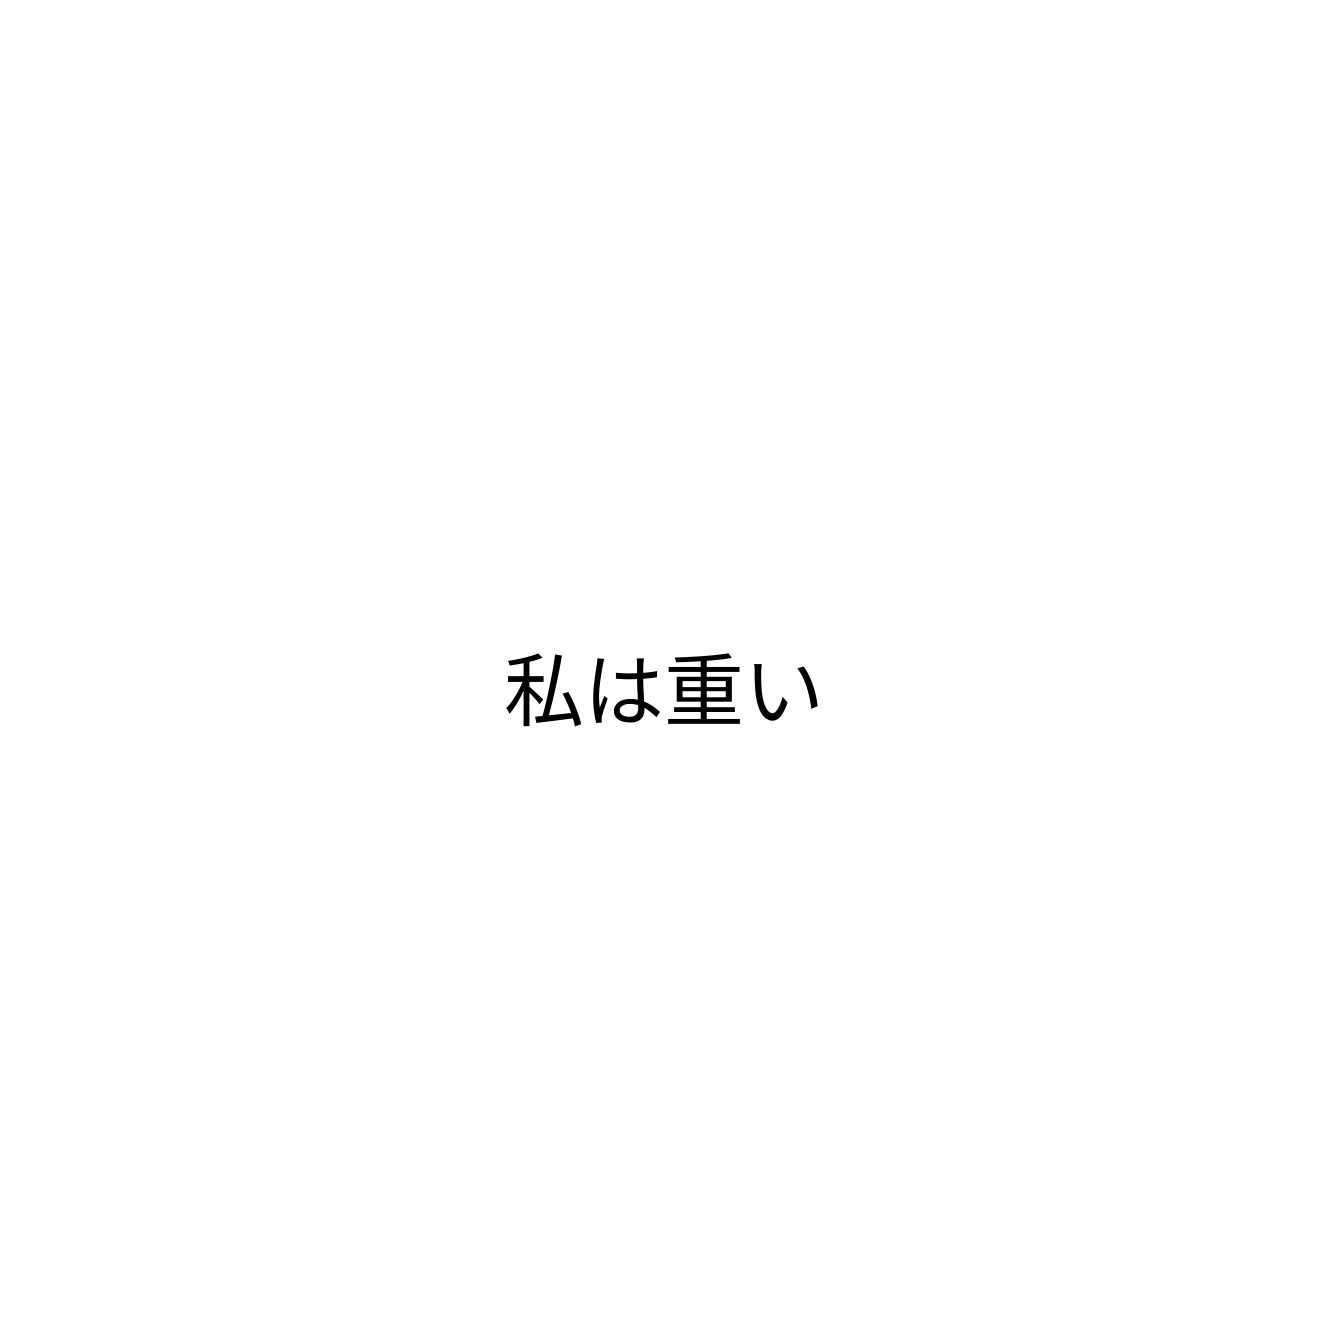
私は重い